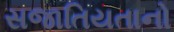
સજાતિયતાનો